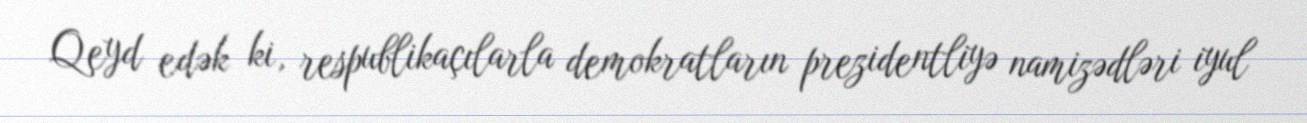
Qeyd edək ki, respublikaçılarla demokratların prezidentliyə namizədləri iyul